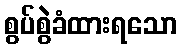
စွပ်စွဲခံထားရသော